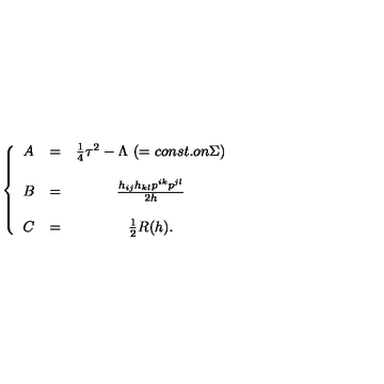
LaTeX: \left\{ \begin{array} { l c c } { A } & { = } & { \frac { 1 } { 4 } \tau ^ { 2 } - \Lambda \mathrm { \ } ( = c o n s t . o n \Sigma ) } \\ { } & { } & { } \\ { B } & { = } & { \frac { h _ { i j } h _ { k l } p ^ { i k } p ^ { j l } } { 2 h } } \\ { } & { } & { } \\ { C } & { = } & { \frac { 1 } { 2 } R ( h ) . } \\ \end{array} \right.